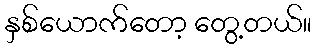
နှစ်ယောက်တော့ တွေ့တယ်။